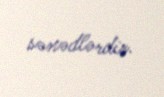
sənədlərdir.